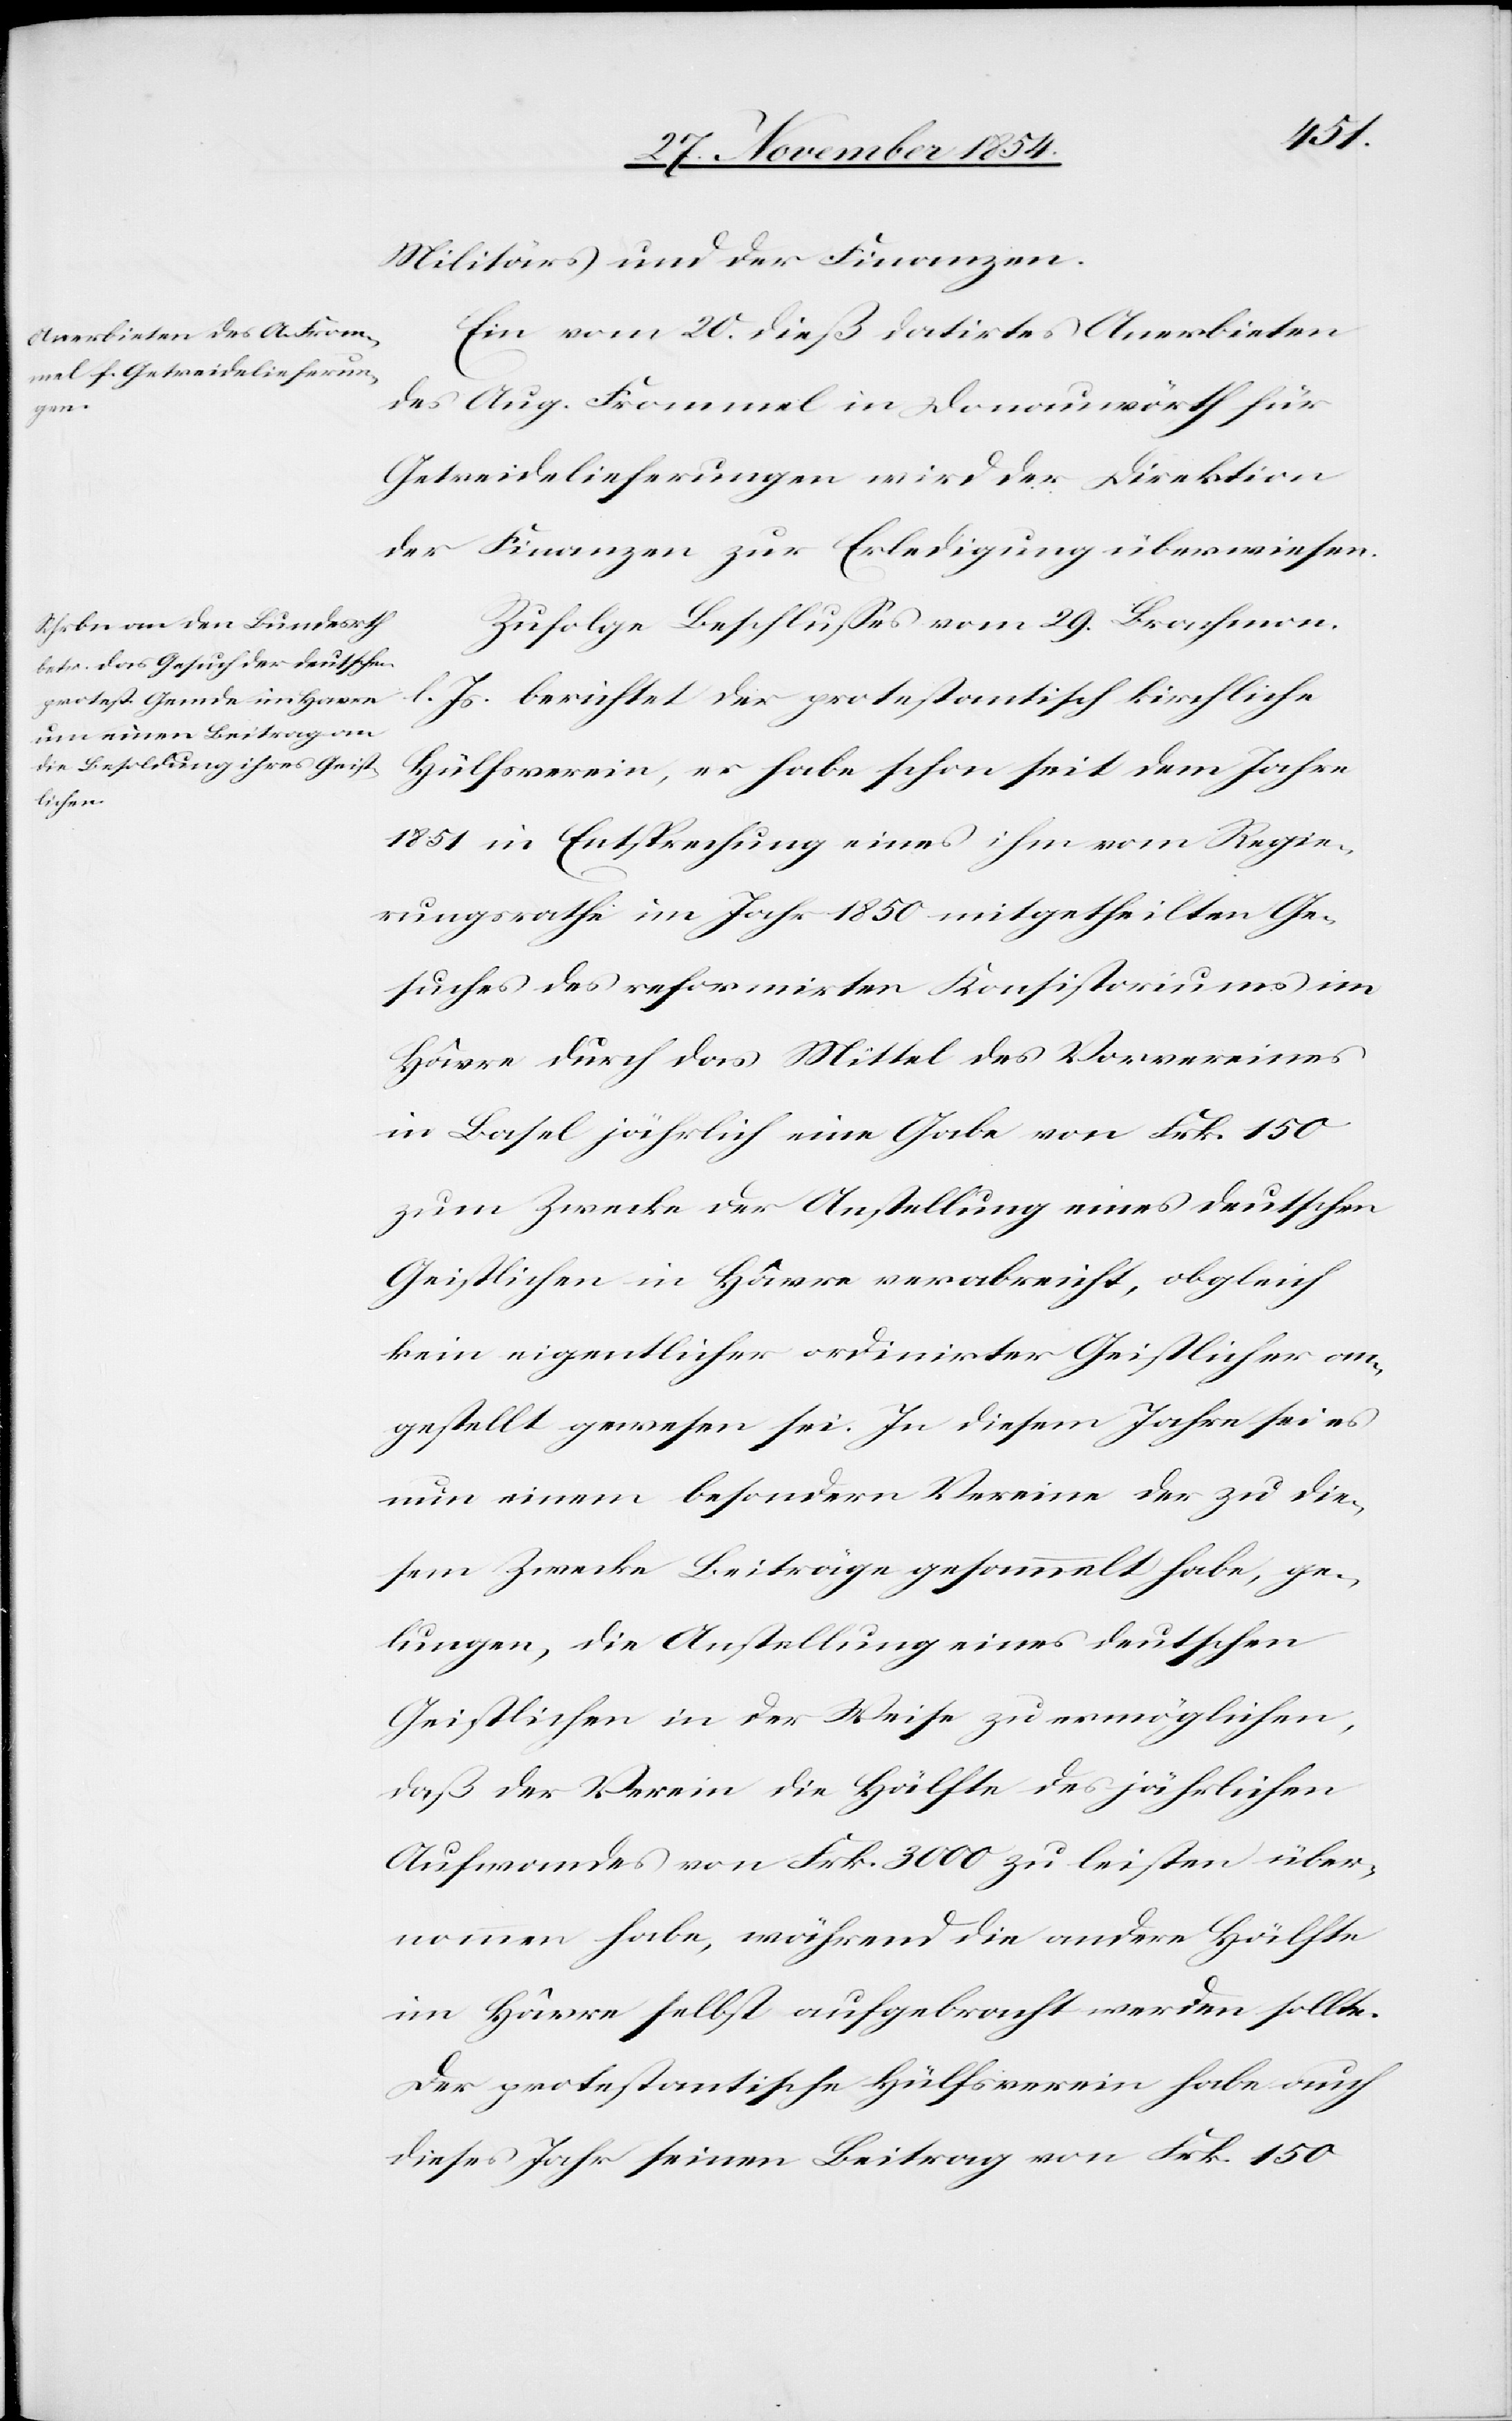
Militärs und der Finanzen.
Ein vom 20. dieß datirtes Anerbieten
des A. Frommel in Donauwörth für
Getreidelieferungen wird der Direktion
der Finanzen zur Erledigung überwiesen.
Zufolge Beschlußes vom 29. September
l. Js. berichtet der protestantisch kirchliche
Hülfsverein, er habe schon seit dem Jahre
1851 in Entsprechung eines ihm vom Regie¬
rungsrathe im Jahr 1850 mitgetheilten Ge¬
suches des reformirten Konsistoriums im
Hâvre durch das Mittel des Vorvereines
in Basel jährlich eine Gabe von Frk. 150
zum Zwecke der Anstellung eines deutschen
Geistlichen in Hâvre verabreicht, obgleich
kein eigentlicher ordinirter Geistlicher an¬
gestellt gewesen sei. In diesem Jahre sei es
nun einem besondern Vereine der zu die¬
sem Zwecke Beiträge gesammelt habe, ge¬
lungen, die Anstellung eines deutschen
Geistlichen in der Weise zu ermöglichen,
daß der Verein die Hälfte des jährlichen
Aufwandes von Frk. 3000 zu leisten über¬
nommen habe, während die andere Hälfte
im Hâvre selbst aufgebracht werden sollte.
Der protestantische Hülfsverein habe auch
dieses Jahr seinen Beitrag von Frk. 150